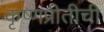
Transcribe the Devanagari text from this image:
कृष्णप्रीतीची